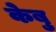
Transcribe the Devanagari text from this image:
केबु